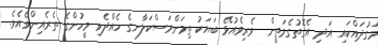
މަގުދައްކައި އަދި އެގޮތުގެމަތީން  ވެރިވެއުޅޭ ބަޔަކު ތިމަންރަސްކަލާނގެ ހެއްދެވި މީހުންގެ ތެރެއިންވެއެވެ.